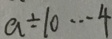
a \div 1 0 \cdots 4